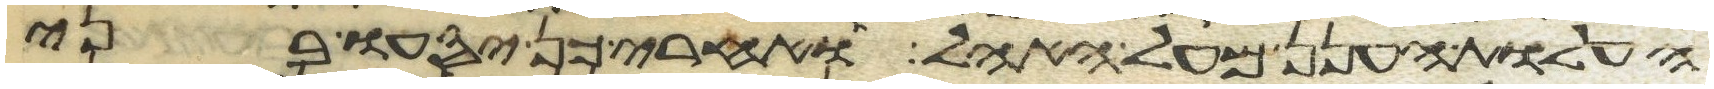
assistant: העלות הענן מעל האהל ואחרי כן יסעו בני